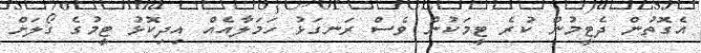
އެގޮތުން ދެޓީމުން ކުރެ ޓީމަކުން ވެސް ރަނގަޅު ހަމަލާއެއް އިދިކޮޅު ޓީމުގެ ގޯލަށް